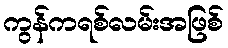
ကွန်ကရစ်လမ်းအဖြစ်